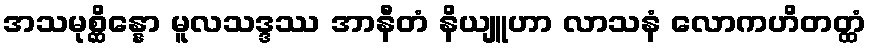
အသမုစ္ဆိန္နော မူလသဒ္ဒဿ အာနီတံ နိယျူဟာ လာသနံ လောကဟိတတ္ထံ